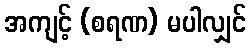
အကျင့် (စရဏ) မပါလျှင်